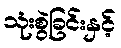
သုံးစွဲခြင်းနှင့်